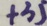
+ 3 5